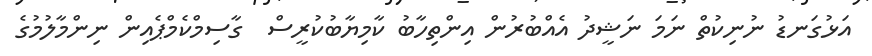
އަޅުގަނޑު ނުނިކުތް ނަމަ ނަޝީދު އެއްބުރުން އިންތިހާބު ކާމިޔާބުކުރީސް  ގާސިމްކެމްޕެއިން ނިންމާލުމުގެ